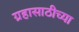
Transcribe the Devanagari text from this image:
ग्रहासाठीच्या